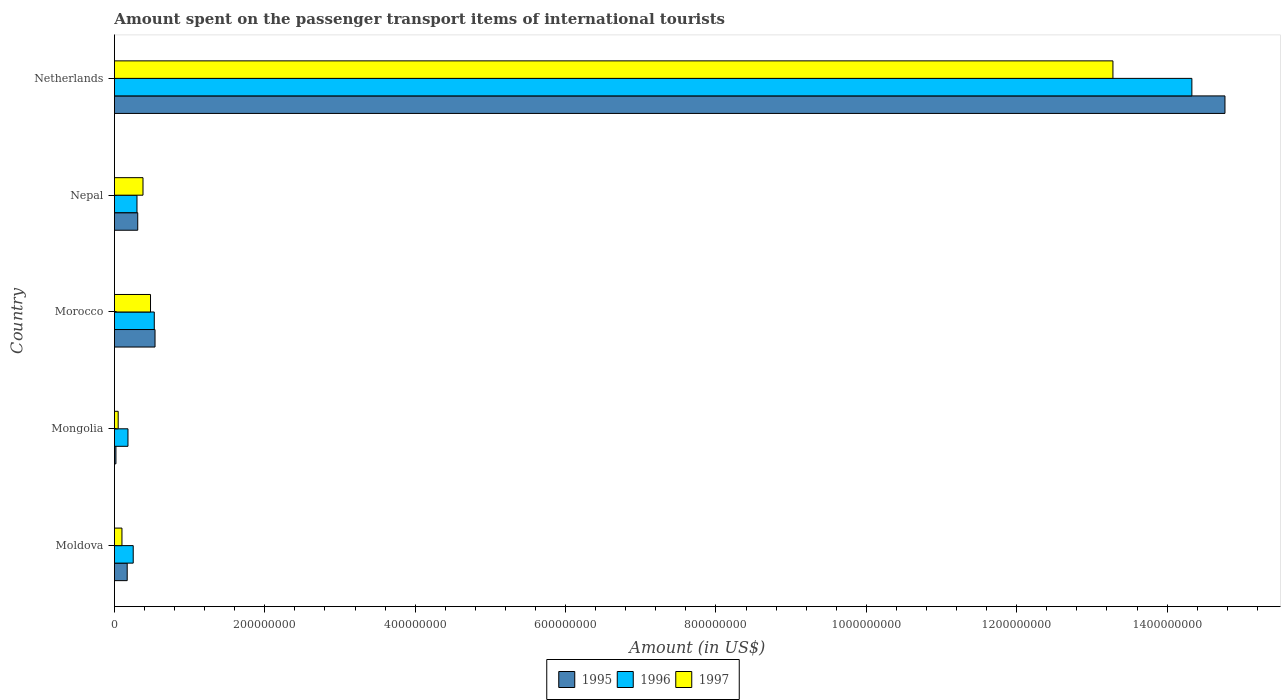
| Country | 1995 | 1996 | 1997 |
 | --- | --- | --- | --- |
 | Moldova | 1.7e+07 | 2.5e+07 | 1e+07 |
 | Mongolia | 2e+06 | 1.8e+07 | 5e+06 |
 | Morocco | 5.4e+07 | 5.3e+07 | 4.8e+07 |
 | Nepal | 3.1e+07 | 3e+07 | 3.8e+07 |
 | Netherlands | 1.48e+09 | 1.43e+09 | 1.33e+09 |